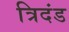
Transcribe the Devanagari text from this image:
त्रिदंड